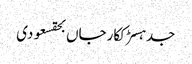
جدہسڑککارجاں بحقسعودی